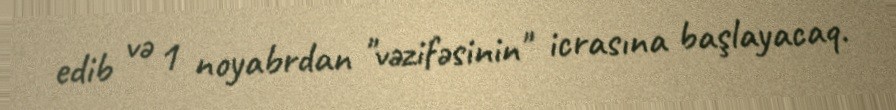
edib və 1 noyabrdan "vəzifəsinin" icrasına başlayacaq.